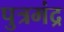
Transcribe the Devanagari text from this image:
पुत्रमंद्र